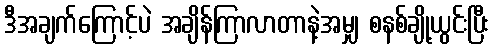
ဒီအချက်ကြောင့်ပဲ အချိန်ကြာလာတာနဲ့အမျှ စနစ်ချို့ယွင်းပြီး